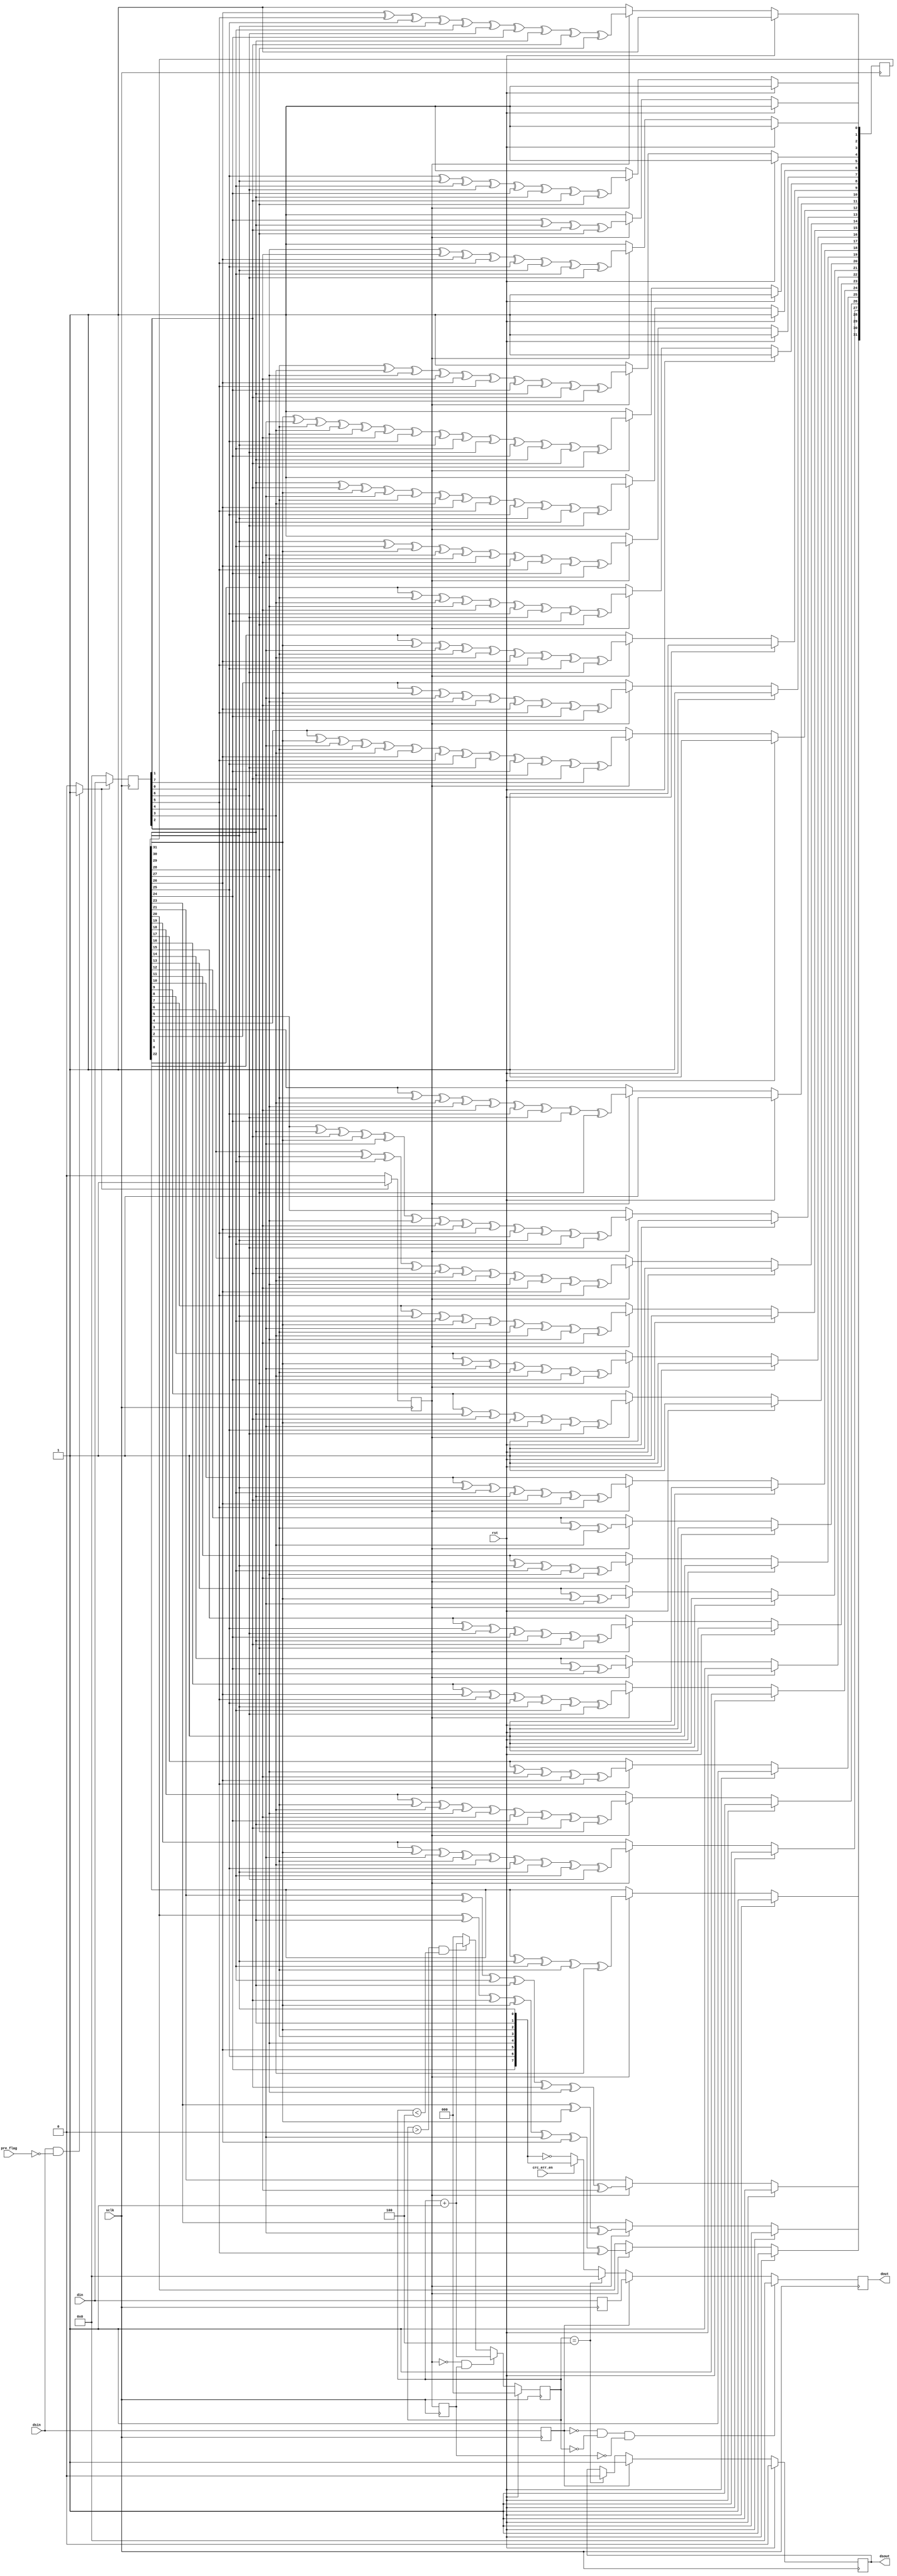
module crc32_d8_send_02(
		input	wire		rst,
		input	wire		sclk,
	
		input	wire		dsin,
		input	wire	[7:0]	din,
		input	wire		pre_flag,
		input	wire		crc_err_en,

		output	reg		dsout,
		output	reg	[7:0]	dout
		);
		
//***********************************************************************
reg		crc_ds,crc_en;//dsout_t;
reg		dsin_t;
reg	[7:0]	din_t;
reg	[7:0]	d;
wire	[31:0]	c;
reg	[31:0]	crc32_value;
//reg	[7:0]	data_1_t,data_2_t,data_3_t,data_4_t,data_5_t;
//**********************************************************************/
//			CRC
//**********************************************************************/
always @(dsin or pre_flag)
	if (dsin==1 && pre_flag==0)
		crc_ds<=1;
	else
		crc_ds<=0;
always@(posedge sclk)
	if (crc_ds==1 )
		crc_en<=1;
	else
		crc_en<=0;

always@(posedge sclk)
	if (crc_ds=='d0)
		d<='d0;	
	else
		d<=din;

assign c = crc32_value;

always @(posedge sclk)
	if (rst==1'b1)
		crc32_value<=32'hFFFFFFFF;
	else if(crc_en==1)
	begin
	    crc32_value[0]<=c[24]^c[30]^d[1]^d[7];
	    crc32_value[1]<=c[25]^c[31]^d[0]^d[6]^c[24]^c[30]^d[1]^d[7];
	    crc32_value[2]<=c[26]^d[5]^c[25]^c[31]^d[0]^d[6]^c[24]^c[30]^d[1]^d[7];
	    crc32_value[3]<=c[27]^d[4]^c[26]^d[5]^c[25]^c[31]^d[0]^d[6];
	    crc32_value[4]<=c[28]^d[3]^c[27]^d[4]^c[26]^d[5]^c[24]^c[30]^d[1]^d[7];
	    crc32_value[5]<=c[29]^d[2]^c[28]^d[3]^c[27]^d[4]^c[25]^c[31]^d[0]^d[6]^c[24]^c[30]^d[1]^d[7];
	    crc32_value[6]<=c[30]^d[1]^c[29]^d[2]^c[28]^d[3]^c[26]^d[5]^c[25]^c[31]^d[0]^d[6];
	    crc32_value[7]<=c[31]^d[0]^c[29]^d[2]^c[27]^d[4]^c[26]^d[5]^c[24]^d[7];
	    crc32_value[8]<=c[0]^c[28]^d[3]^c[27]^d[4]^c[25]^d[6]^c[24]^d[7];
	    crc32_value[9]<=c[1]^c[29]^d[2]^c[28]^d[3]^c[26]^d[5]^c[25]^d[6];
	    crc32_value[10]<=c[2]^c[29]^d[2]^c[27]^d[4]^c[26]^d[5]^c[24]^d[7];
	    crc32_value[11]<=c[3]^c[28]^d[3]^c[27]^d[4]^c[25]^d[6]^c[24]^d[7];
	    crc32_value[12]<=c[4]^c[29]^d[2]^c[28]^d[3]^c[26]^d[5]^c[25]^d[6]^c[24]^c[30]^d[1]^d[7];
	    crc32_value[13]<=c[5]^c[30]^d[1]^c[29]^d[2]^c[27]^d[4]^c[26]^d[5]^c[25]^c[31]^d[0]^d[6];
	    crc32_value[14]<=c[6]^c[31]^d[0]^c[30]^d[1]^c[28]^d[3]^c[27]^d[4]^c[26]^d[5];
	    crc32_value[15]<=c[7]^c[31]^d[0]^c[29]^d[2]^c[28]^d[3]^c[27]^d[4];
	    crc32_value[16]<=c[8]^c[29]^d[2]^c[28]^d[3]^c[24]^d[7];
	    crc32_value[17]<=c[9]^c[30]^d[1]^c[29]^d[2]^c[25]^d[6];
	    crc32_value[18]<=c[10]^c[31]^d[0]^c[30]^d[1]^c[26]^d[5];
	    crc32_value[19]<=c[11]^c[31]^d[0]^c[27]^d[4];
	    crc32_value[20]<=c[12]^c[28]^d[3];
	    crc32_value[21]<=c[13]^c[29]^d[2];
	    crc32_value[22]<=c[14]^c[24]^d[7];
	    crc32_value[23]<=c[15]^c[25]^d[6]^c[24]^c[30]^d[1]^d[7];
	    crc32_value[24]<=c[16]^c[26]^d[5]^c[25]^c[31]^d[0]^d[6];
	    crc32_value[25]<=c[17]^c[27]^d[4]^c[26]^d[5];
	    crc32_value[26]<=c[18]^c[28]^d[3]^c[27]^d[4]^c[24]^c[30]^d[1]^d[7];
	    crc32_value[27]<=c[19]^c[29]^d[2]^c[28]^d[3]^c[25]^c[31]^d[0]^d[6];
	    crc32_value[28]<=c[20]^c[30]^d[1]^c[29]^d[2]^c[26]^d[5];
	    crc32_value[29]<=c[21]^c[31]^d[0]^c[30]^d[1]^c[27]^d[4];
	    crc32_value[30]<=c[22]^c[31]^d[0]^c[28]^d[3];
	    crc32_value[31]<=c[23]^c[29]^d[2];
	end
	else
		crc32_value<={crc32_value[23:0],8'hff};
//

reg	crc_en_t;
always @(posedge sclk)
	crc_en_t<=crc_en;
reg	[2:0]	d_cnt;	
always @ (posedge sclk)
	if(rst == 1'b1)
		d_cnt<=0;
	else if(!crc_en&&crc_en_t)
		d_cnt<=d_cnt+1'd1;
	else if(d_cnt>3'd0&&d_cnt<3'd4)
		d_cnt<=d_cnt+1'd1;
	else
		d_cnt<=3'd0;
//dsin_t
always @(posedge sclk)
	dsin_t<=dsin;
always @ (posedge sclk)
	din_t<=din;

always@(posedge sclk)
	if (dsin_t=='d0 && d_cnt=='d0 && crc_en_t=='d0)
		dout<='d0;
	else if (dsin_t==1'b1)
		dout<=din_t;
	else if (d_cnt=='d4)
		dout<='d0;
	else if (crc_err_en==0)
		dout<=~{crc32_value[24], crc32_value[25], crc32_value[26], crc32_value[27], crc32_value[28], crc32_value[29], crc32_value[30], crc32_value[31]};
	else
		dout<={crc32_value[24], crc32_value[25], crc32_value[26], crc32_value[27], crc32_value[28], crc32_value[29], crc32_value[30], crc32_value[31]};
//dsout
always @(posedge sclk)
	if(rst == 1'b1)
		dsout<='d0;
	else if(dsin_t)
		dsout<='d1;
	else if(d_cnt=='d4)
		dsout<='d0;
endmodule